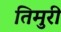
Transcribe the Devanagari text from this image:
तिमुरी